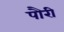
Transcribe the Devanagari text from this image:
पौरी